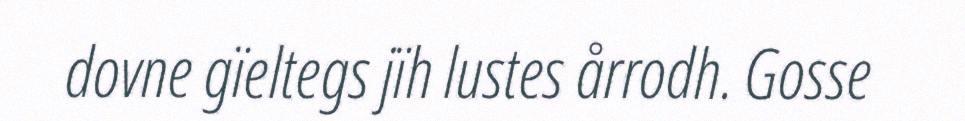
dovne gïeltegs jïh lustes årrodh. Gosse